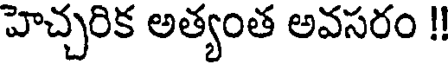
హెచ్చరిక అత్యంత అవసరం !!